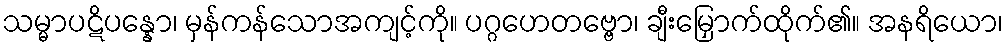
သမ္မာပဋိပန္နော၊ မှန်ကန်သောအကျင့်ကို။ ပဂ္ဂဟေတဗ္ဗော၊ ချီးမြှောက်ထိုက်၏။ အနရိယော၊